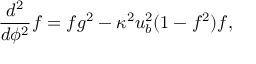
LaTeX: \frac { d ^ { 2 } } { d \phi ^ { 2 } } f = f g ^ { 2 } - \kappa ^ { 2 } u _ { b } ^ { 2 } ( 1 - f ^ { 2 } ) f ,